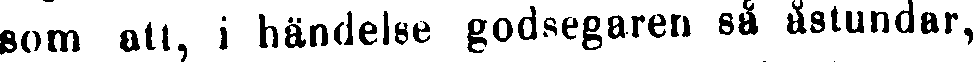
som att, i händelse godsegaren så åstundar,